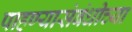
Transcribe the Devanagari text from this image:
पाहण्यासंबंधीच्या